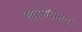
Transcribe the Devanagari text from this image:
स्कायरिमचा